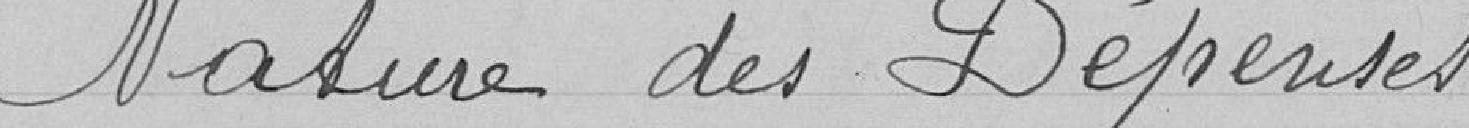
Nature des Dépenses